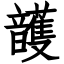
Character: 頀